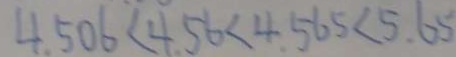
4 . 5 0 6 < 4 . 5 6 < 4 . 5 6 5 < 5 . 6 5